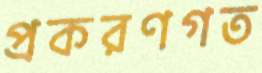
প্রকরণগত